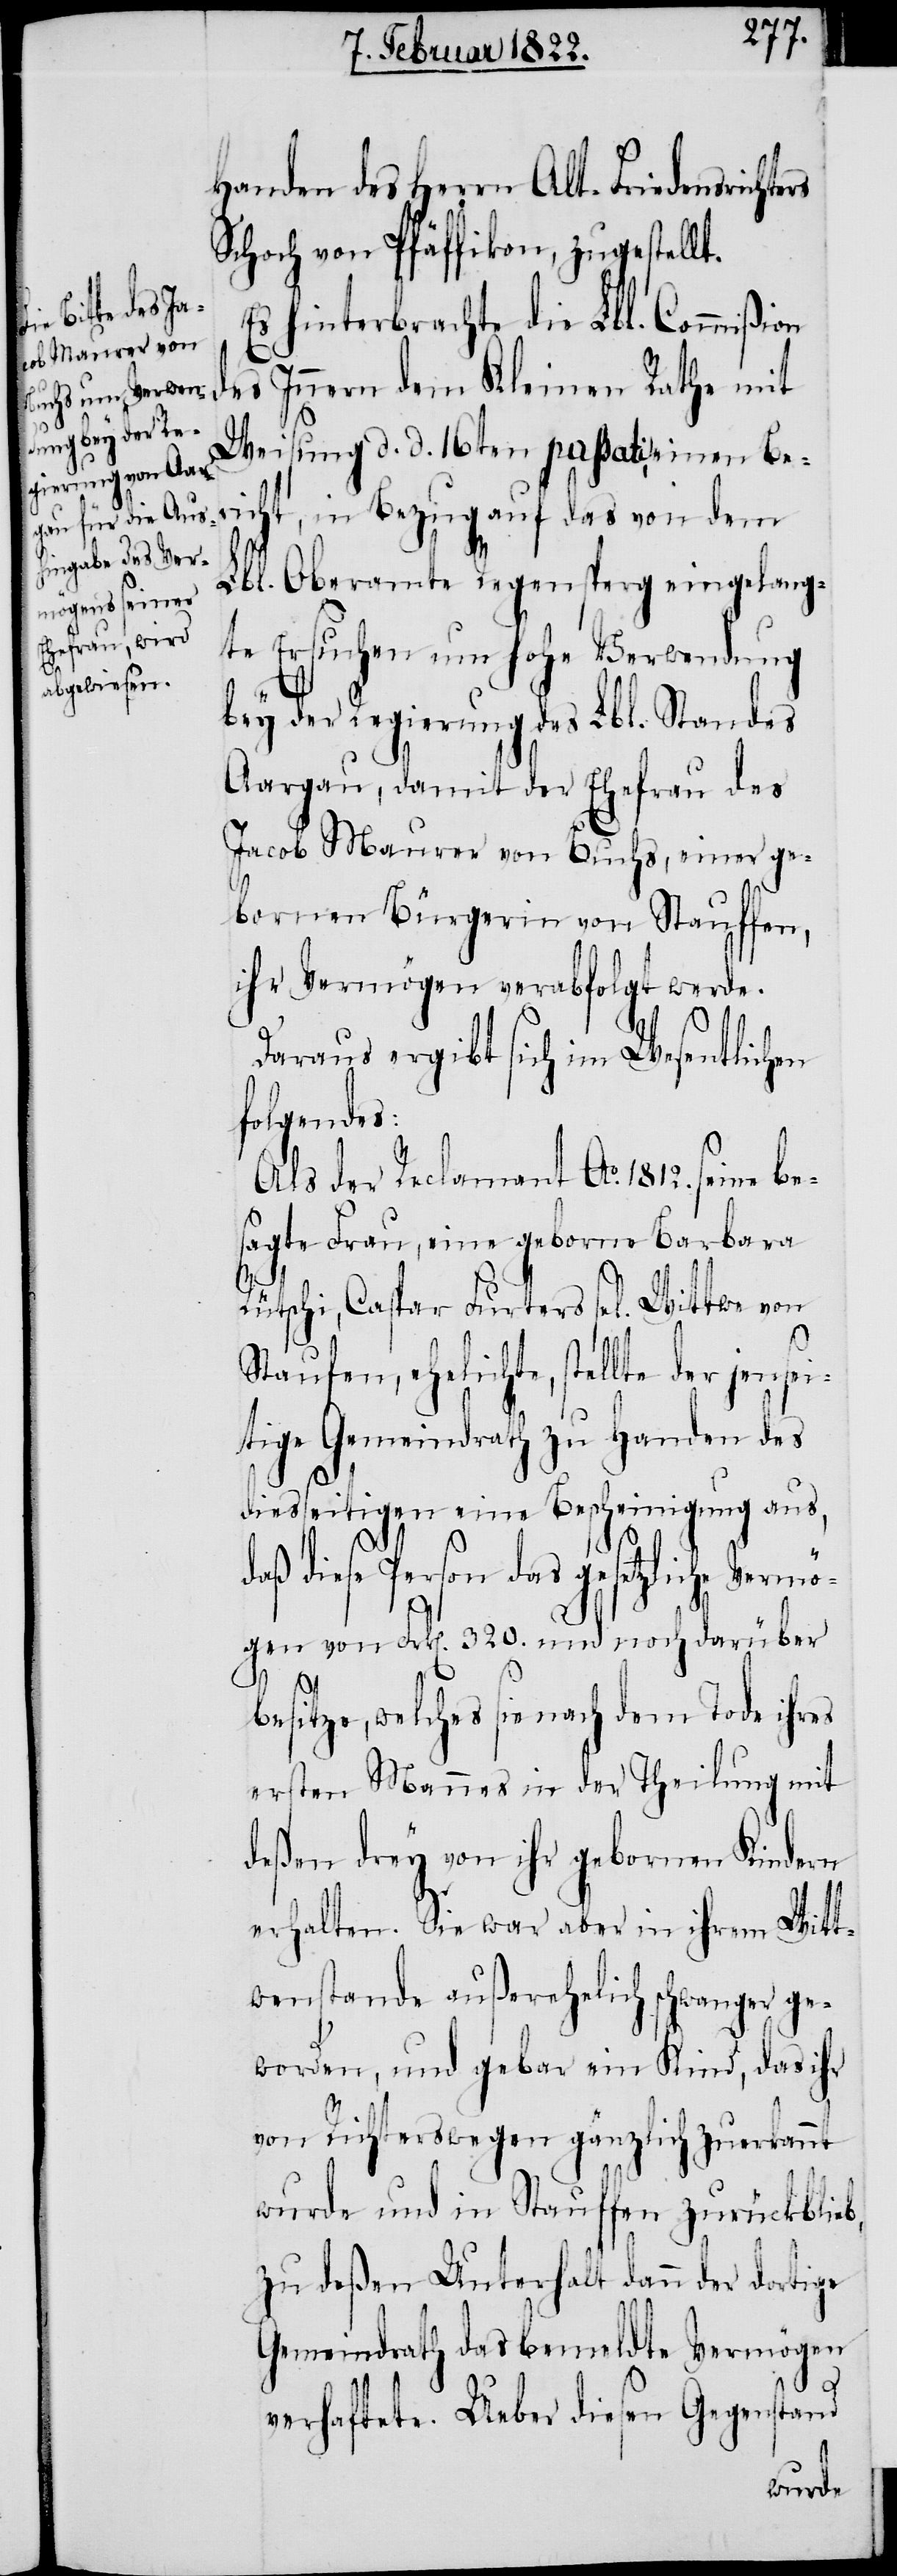
Handen des Herrn Alt-Friedensrichte¬
Schoch von Pfäffikon, zugestellt.
Es hinterbrachte die Lbl. Commißion
des Innern dem Kleinen Rathe mit
Weisung d. d. 16ten passati, einen Be¬
richt, in Bezug auf das von dem
Lbl. Oberamte Regensperg eingelang¬
te Ersuchen um hohe Verwendung
bey der Regierung des Lbl. Standes
Aargau, damit der Ehefrau des
Jacob Maurer von Buchs, einer ge¬
bornen Bürgerin von Stauffen,
ihr Vermögen verabfolgt werde.
Daraus ergibt sich im Wesentlichen
folgendes:
Als der Reclamant Ao. 1812. seine be¬
sagte Frau, eine geborne Barbara
Rütschi, Caspar Furters sel. Wittwe von
Staufen, ehelichte, stellte der jensei¬
tige Gemeindrath zu Handen des
diesseitigen eine Bescheinigung aus,
daß diese Person das gesetzliche Vermö¬
gen von Frk[en]. 320. und noch darüber
rs
besitze, welches sie nach dem Tode ihres
ersten Mannes in der Theilung mit
deßen drey von ihr gebornen Kindern
erhalten. Sie war aber in ihrem Witt¬
wenstande außerehelich schwanger ge¬
worden, und gebar ein Kind, das ihr
von Richterswegen gänzlich zuerkannt
wurde und in Stauffen zurückblieb,
zu deßen Unterhalt dann der dortige
Gemeindrath das bemeldte Vermögen
verhaftete. Ueber diesen Gegenstand